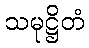
သမုဋ္ဌိတံ